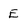
Character: E